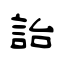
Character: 詒